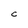
Character: C